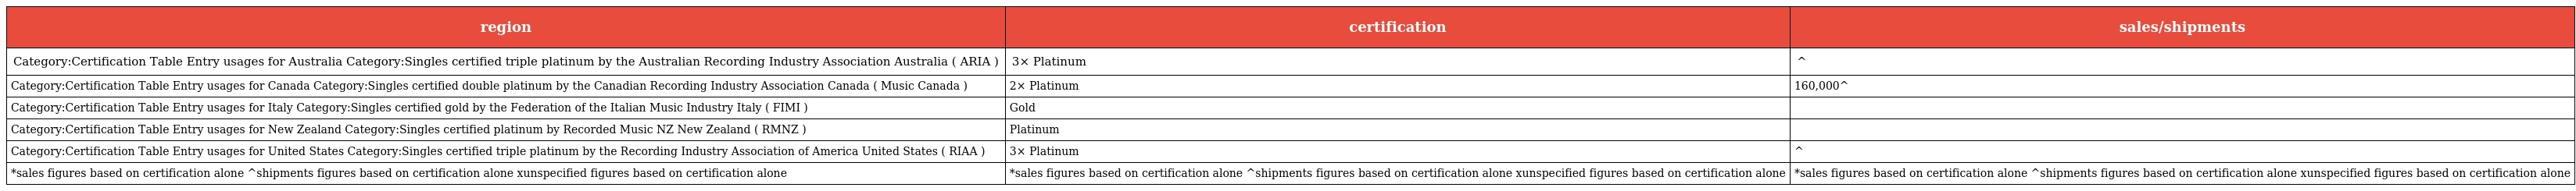
| region | certification | sales/shipments |
 | --- | --- | --- |
 | Category:Certification Table Entry usages for Australia Category:Singles certified triple platinum by the Australian Recording Industry Association Australia ( ARIA ) | 3× Platinum | ^ |
 | Category:Certification Table Entry usages for Canada Category:Singles certified double platinum by the Canadian Recording Industry Association Canada ( Music Canada ) | 2× Platinum | 160,000^ |
 | Category:Certification Table Entry usages for Italy Category:Singles certified gold by the Federation of the Italian Music Industry Italy ( FIMI ) | Gold |  |
 | Category:Certification Table Entry usages for New Zealand Category:Singles certified platinum by Recorded Music NZ New Zealand ( RMNZ ) | Platinum |  |
 | Category:Certification Table Entry usages for United States Category:Singles certified triple platinum by the Recording Industry Association of America United States ( RIAA ) | 3× Platinum | ^ |
 | *sales figures based on certification alone ^shipments figures based on certification alone xunspecified figures based on certification alone | *sales figures based on certification alone ^shipments figures based on certification alone xunspecified figures based on certification alone | *sales figures based on certification alone ^shipments figures based on certification alone xunspecified figures based on certification alone |